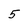
Character: 5